Scottish Leaving Certificate Examination, 1957
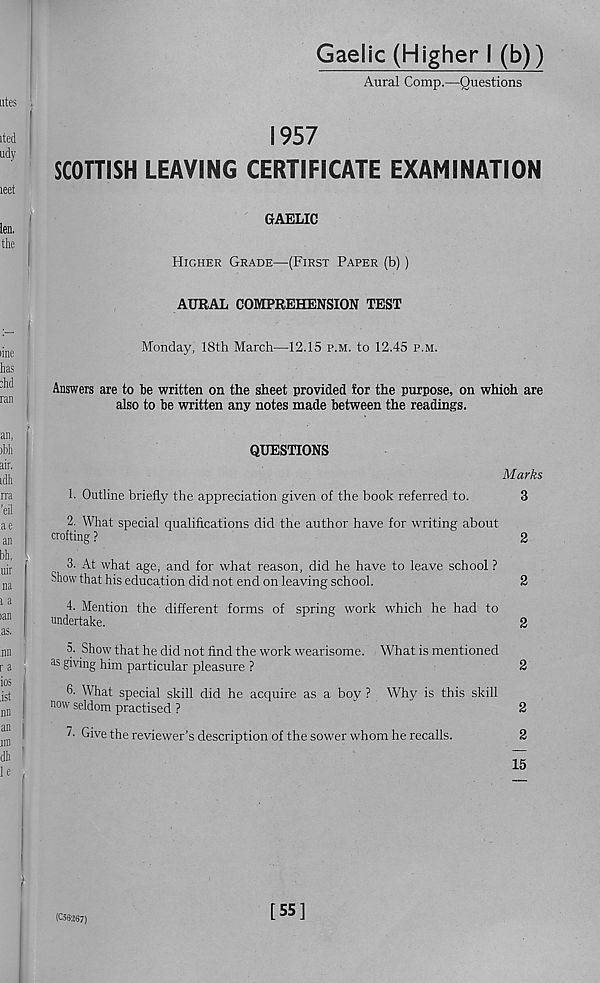
Gaelic (Higher I (b))
Aural Comp.—Questions
1957
SCOTTISH LEAVING CERTIFICATE EXAMINATION
GAELIC
Higher Grade—(First Paper (b) )
AURAL COMPREHENSION TEST
Monday, 18th March—12.15 p.m. to 12.45 p.m.
Answers are to he written on the sheet provided tor the purpose, on which are
also to he written any notes made between the readings.
QUESTIONS
Marks
1. Outline briefly the appreciation given of the book referred to.
3
2. What special qualifications did the author have for writing about
crofting ?
2
3. At what age ; and for what reason, did he have to leave school ?
Show that his education did not end on leaving school.
2
4. Mention the different forms of spring work which he had to
undertake.
"
2
5. Show that he did not find the work wearisome. What is mentioned
us giving him particular pleasure ?
2
6. What special skill did he acquire as a boy ? Why is this skill
now seldom practised ?
2
7. Give the reviewer's description of the sower whom he recalls.
2
15
(056267)
[55]